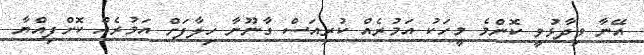
އޭނާ ވިދާޅުވީ ކޮންމެ މީހަކު އަމުރެއް ކުރިއަސް ގާނޫނާ ހިލާފަށް އަމުރެއް ކޮށްފިއްޔާ